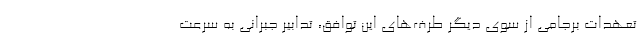
تعهدات برجامی از سوی دیگر طرف‌های این توافق، تدابیر جبرانی به سرعت